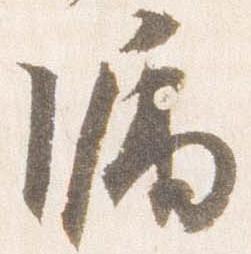
漏